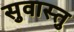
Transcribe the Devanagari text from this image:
सुवास्तु